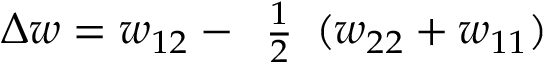
\Delta w = w _ { 1 2 } - { \begin{array} { l } { { \frac { 1 } { 2 } } } \end{array} } ( w _ { 2 2 } + w _ { 1 1 } )